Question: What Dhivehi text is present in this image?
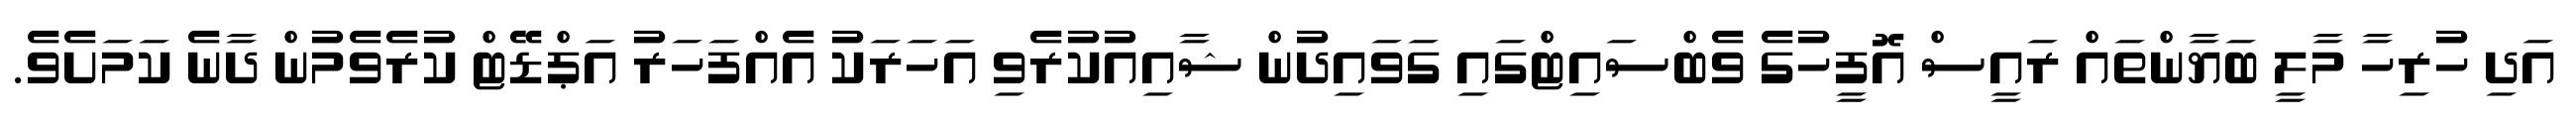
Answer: އަދި ހުރިހާ މާލީ ބަޔާންތައް ރައީސް އޮފީހުގެ ވެބްސައިޓްގައި ގަވައިދުން ޝާއިއުކުރެވި އަހަރަކު އެއްފަހަރު އަޕްޑޭޓް ކުރެވެމުން ދާނެ ކަމަށެވެ.